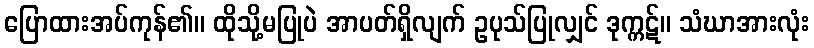
ပြောထားအပ်ကုန်၏။ ထိုသို့မပြုပဲ အာပတ်ရှိလျက် ဥပုသ်ပြုလျှင် ဒုက္ကဋ်။ သံဃာအားလုံး